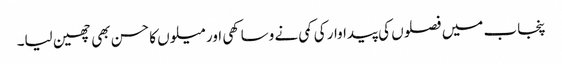
پنجاب میں فصلوں کی پیداوار کی کمی نے وساکھی اور میلوں کا حسن بھی چھین لیا۔